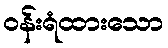
ဝန်းရံထားသော